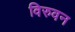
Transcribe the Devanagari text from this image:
विरुवन